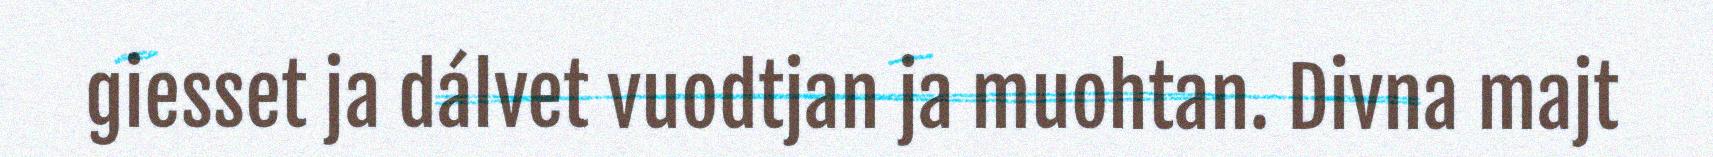
giesset ja dálvet vuodtjan ja muohtan. Divna majt